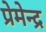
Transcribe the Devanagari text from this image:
प्रेमेन्द्र